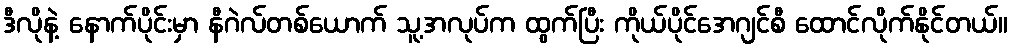
ဒီလိုနဲ့ နောက်ပိုင်းမှာ နီဂဲလ်တစ်ယောက် သူ့အလုပ်က ထွက်ပြီး ကိုယ်ပိုင်အေဂျင်စီ ထောင်လိုက်နိုင်တယ်။